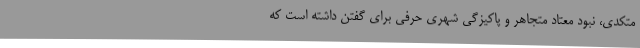
متکدی، نبود معتاد متجاهر و پاکیزگی شهری حرفی برای گفتن داشته است که